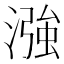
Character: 漒